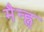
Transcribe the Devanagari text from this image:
मैन्ह्न्